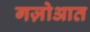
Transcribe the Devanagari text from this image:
गज़ोआत